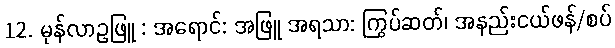
12. မုန်လာဥဖြူ : အရောင်: အဖြူ အရသာ: ကြွပ်ဆတ်၊ အနည်းငယ်ဖန်/စပ်